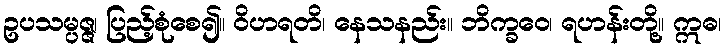
ဥပသမ္ပဇ္ဇ၊ ပြည့်စုံစေ၍။ ဝိဟရတိ၊ နေသနည်း။ ဘိက္ခဝေ၊ ရဟန်းတို့။ ဣဓ၊